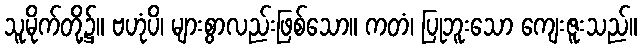
သူမိုက်တို့၌။ ဗဟုံပိ၊ များစွာလည်းဖြစ်သော။ ကတံ၊ ပြုဘူးသော ကျေးဇူးသည်။